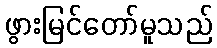
ဖွားမြင်တော်မူသည်